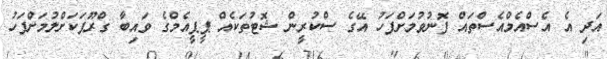
އަދި އެ އެސްއެމްއެސްތައް ފޮނުވުމަށްފަހު އޭގެ ސްކުރީން ޝޮޓުތަކެއް ޕީޕީއެމްގެ ވައިބާ ގްރޫޕަކަށްލުމަށްފަހު